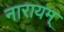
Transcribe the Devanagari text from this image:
नारायम्